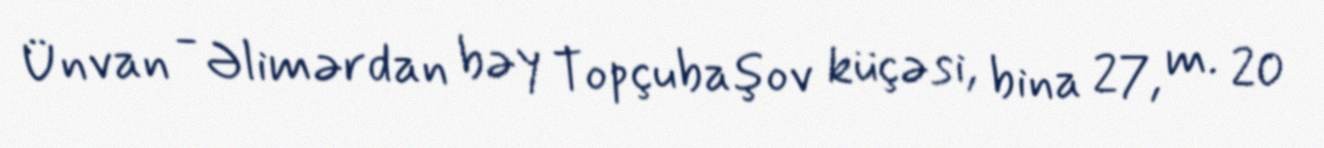
Ünvan - Əlimərdan bəy Topçubaşov küçəsi, bina 27, m. 20